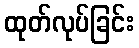
ထုတ်လုပ်ခြင်း